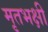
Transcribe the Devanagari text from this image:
मृतभक्षी